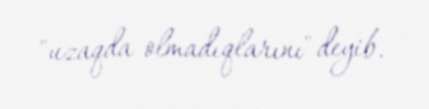
"uzaqda olmadıqlarını" deyib.